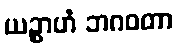
ယဉ္စာဟံ ဘဂဝတာ